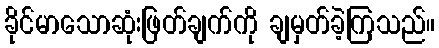
ခိုင်မာသောဆုံးဖြတ်ချက်ကို ချမှတ်ခဲ့ကြသည်။